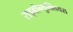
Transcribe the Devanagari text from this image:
राइबोन्युक्लियस